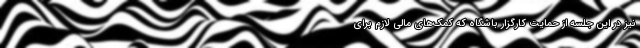
نیز در این جلسه از حمایت کارگزار باشگاه که کمک‌های مالی لازم برای